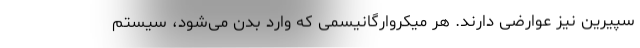
سپیرین نیز عوارضی دارند. هر میکروارگانیسمی که وارد بدن می‌شود، سیستم